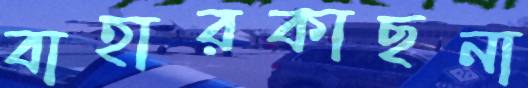
বাহারকাছনা